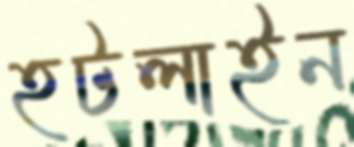
হটলাইন